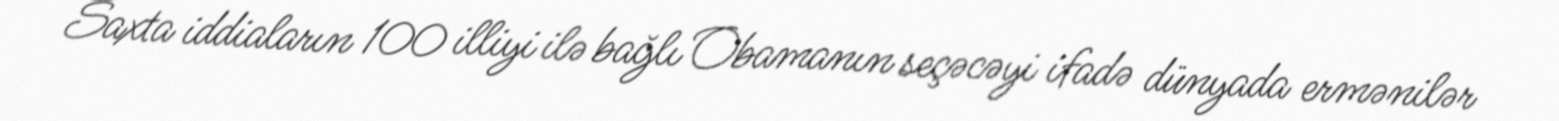
Saxta iddiaların 100 illiyi ilə bağlı Obamanın seçəcəyi ifadə dünyada ermənilər